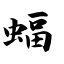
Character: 蝠